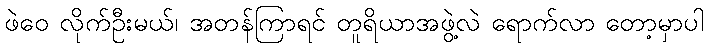
ဖဲဝေ လိုက်ဦးမယ်၊ အတန်ကြာရင် တူရိယာအဖွဲ့လဲ ရောက်လာ တော့မှာပါ